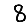
Digit: 8